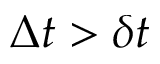
\Delta t > \delta t